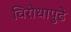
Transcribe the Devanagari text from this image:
विरोधापुढे